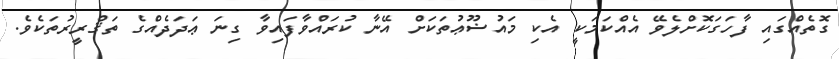
ގޮތެއްގައި ފާހަގަކޮށްލެވޭ އެއްކަމަކީ އެކި މައުޟޫޢުތަކަށް އޭނާ ކުރައްވާފައިވާ ގިނަ ޢަދަދެއްގެ ތަޤްރީރުތަކެވެ.